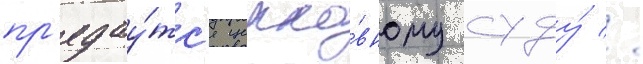
пр'едау́тс'я церко́вному суду́ //